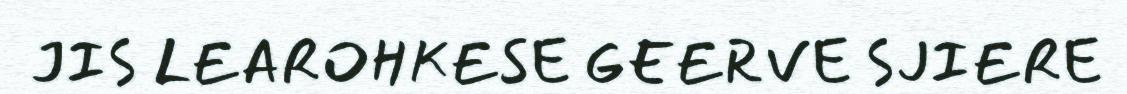
JIS LEAROHKESE GEERVE SJIERE